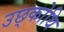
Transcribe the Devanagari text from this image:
उछ्कोथि